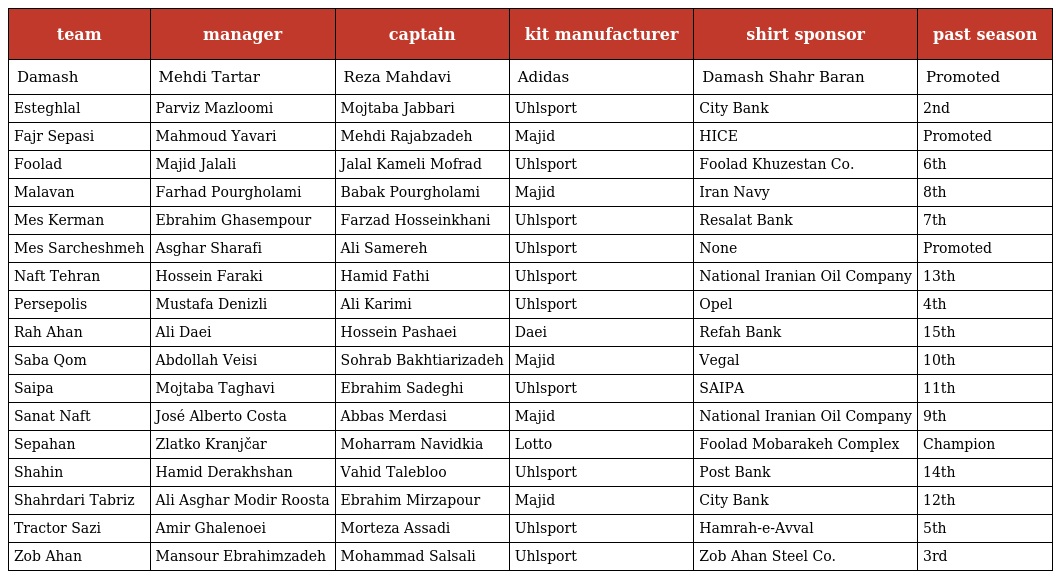
| team | manager | captain | kit manufacturer | shirt sponsor | past season |
 | --- | --- | --- | --- | --- | --- |
 | Damash | Mehdi Tartar | Reza Mahdavi | Adidas | Damash Shahr Baran | Promoted |
 | Esteghlal | Parviz Mazloomi | Mojtaba Jabbari | Uhlsport | City Bank | 2nd |
 | Fajr Sepasi | Mahmoud Yavari | Mehdi Rajabzadeh | Majid | HICE | Promoted |
 | Foolad | Majid Jalali | Jalal Kameli Mofrad | Uhlsport | Foolad Khuzestan Co. | 6th |
 | Malavan | Farhad Pourgholami | Babak Pourgholami | Majid | Iran Navy | 8th |
 | Mes Kerman | Ebrahim Ghasempour | Farzad Hosseinkhani | Uhlsport | Resalat Bank | 7th |
 | Mes Sarcheshmeh | Asghar Sharafi | Ali Samereh | Uhlsport | None | Promoted |
 | Naft Tehran | Hossein Faraki | Hamid Fathi | Uhlsport | National Iranian Oil Company | 13th |
 | Persepolis | Mustafa Denizli | Ali Karimi | Uhlsport | Opel | 4th |
 | Rah Ahan | Ali Daei | Hossein Pashaei | Daei | Refah Bank | 15th |
 | Saba Qom | Abdollah Veisi | Sohrab Bakhtiarizadeh | Majid | Vegal | 10th |
 | Saipa | Mojtaba Taghavi | Ebrahim Sadeghi | Uhlsport | SAIPA | 11th |
 | Sanat Naft | José Alberto Costa | Abbas Merdasi | Majid | National Iranian Oil Company | 9th |
 | Sepahan | Zlatko Kranjčar | Moharram Navidkia | Lotto | Foolad Mobarakeh Complex | Champion |
 | Shahin | Hamid Derakhshan | Vahid Talebloo | Uhlsport | Post Bank | 14th |
 | Shahrdari Tabriz | Ali Asghar Modir Roosta | Ebrahim Mirzapour | Majid | City Bank | 12th |
 | Tractor Sazi | Amir Ghalenoei | Morteza Assadi | Uhlsport | Hamrah-e-Avval | 5th |
 | Zob Ahan | Mansour Ebrahimzadeh | Mohammad Salsali | Uhlsport | Zob Ahan Steel Co. | 3rd |